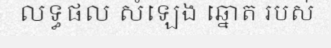
លទ្ធផល សំឡេង ឆ្នោត របស់